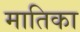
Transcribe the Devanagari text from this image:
मातिका